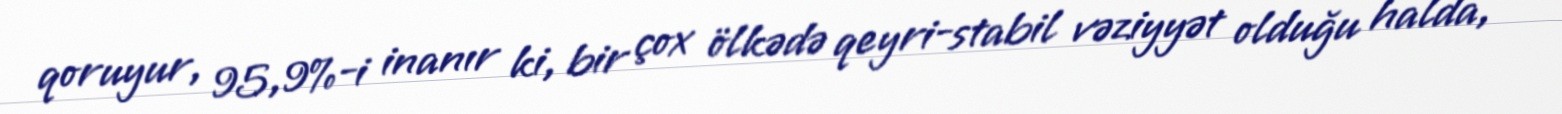
qoruyur, 95,9%-i inanır ki, bir çox ölkədə qeyri-stabil vəziyyət olduğu halda,